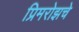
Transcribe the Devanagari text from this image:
प्रिमरोझचे